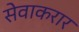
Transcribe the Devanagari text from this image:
सेवाकरार